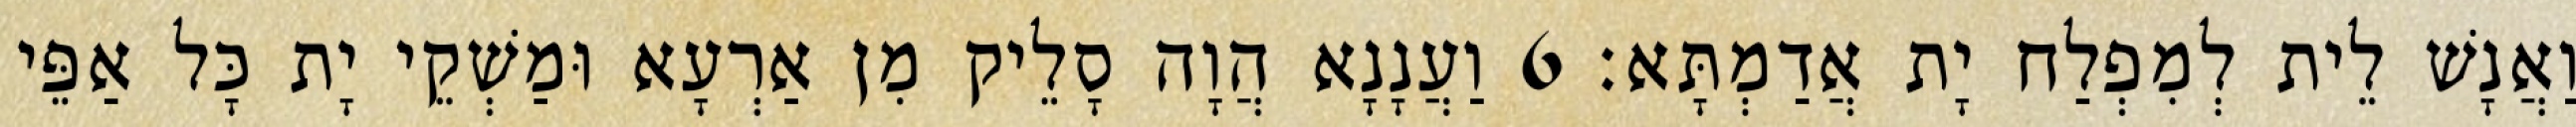
וַאֲנָשׁ לֵית לְמִפְלַח יָת אֲדַמְתָּא׃ 6 וַעֲנָנָא הֲוָה סָלֵיק מִן אַרְעָא וּמַשְׁקֵי יָת כָּל אַפֵּי